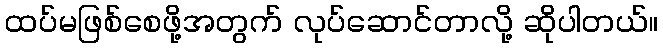
ထပ်မဖြစ်စေဖို့အတွက် လုပ်ဆောင်တာလို့ ဆိုပါတယ်။